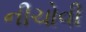
નીચોવી